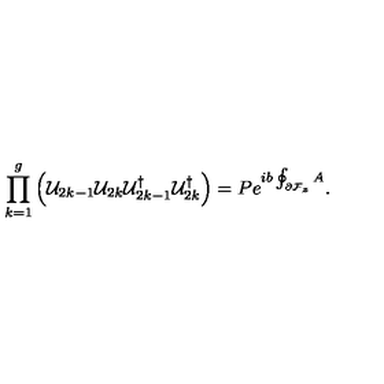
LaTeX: \prod _ { k = 1 } ^ { g } \left( { \cal U } _ { 2 k - 1 } { \cal U } _ { 2 k } { \cal U } _ { 2 k - 1 } ^ { \dagger } { \cal U } _ { 2 k } ^ { \dagger } \right) = P e ^ { i b \oint _ { \partial { \cal F } _ { z } } A } .